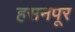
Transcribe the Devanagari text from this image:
हसनपूर